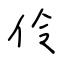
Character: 伶